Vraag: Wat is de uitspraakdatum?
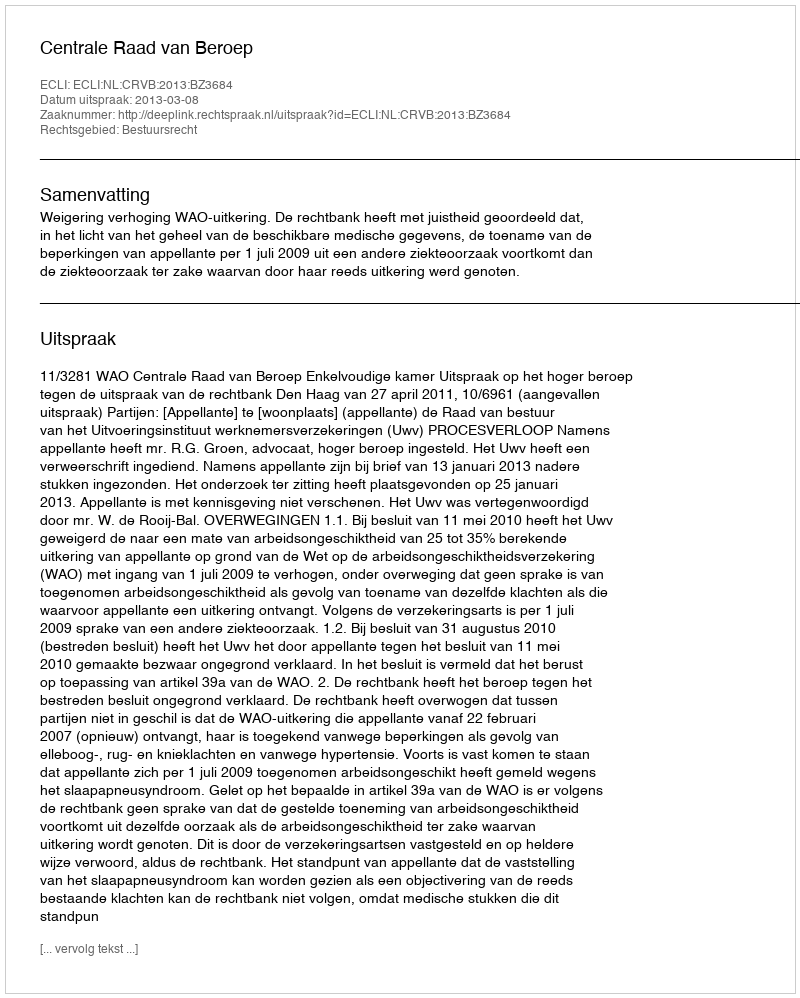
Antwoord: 2013-03-08